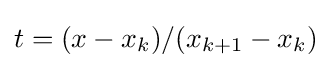
t=(x-x_{k})/(x_{k+1}-x_{k})